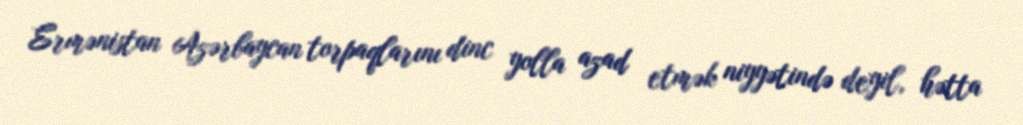
Ermənistan Azərbaycan torpaqlarını dinc yolla azad etmək niyyətində deyil, hətta